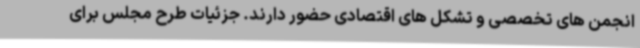
انجمن های تخصصی و تشکل های اقتصادی حضور دارند. جزئیات طرح مجلس برای